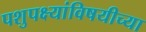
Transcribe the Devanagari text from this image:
पशुपक्ष्यांविषयीच्या